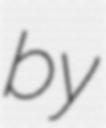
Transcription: by